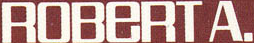
ROBERTA.